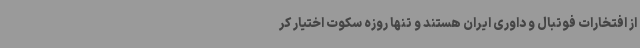
از افتخارات فوتبال و داوری ایران هستند و تنها روزه سکوت اختیار کر